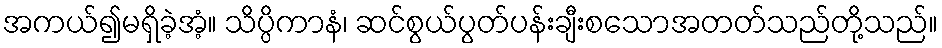
အကယ်၍မရှိခဲ့အံ့။ သိပ္ပိကာနံ၊ ဆင်စွယ်ပွတ်ပန်းချီးစသောအတတ်သည်တို့သည်။